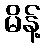
မိန့်